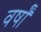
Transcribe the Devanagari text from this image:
वर्षाँ